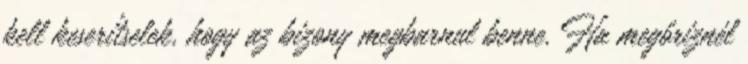
kell keserítselek, hogy az bizony megbarnul benne. Ha megőriznél